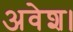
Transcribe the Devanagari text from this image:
अवेश।